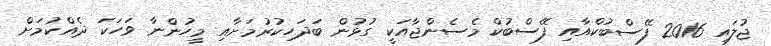
ޖުލައި 2016 ފޭސްބުކްއާއި ފޭސްބުކް މެސެންޖާއަކީ ގުޅުން ބަދަހިކުރުމަށާއި މީހުންނާ ވަހަކަ ދެއްކުމަށް